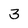
Character: 3